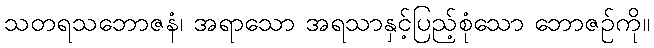
သတရသဘောဇနံ၊ အရာသော အရသာနှင့်ပြည့်စုံသော ဘောဇဉ်ကို။